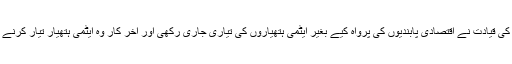
لیکن شمالی کوریا کی قیادت نے اقتصادی پابندیوں کی پرواہ کیے بغیر ایٹمی ہتھیاروں کی تیاری جاری رکھی اور آخر کار وہ ایٹمی ہتھیار تیار کرنے میں کامیاب ہوگیا۔